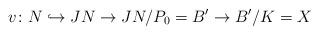
LaTeX: \begin{align*} v\colon N\hookrightarrow JN\to JN/P_0=B'\to B'/K=X \end{align*}